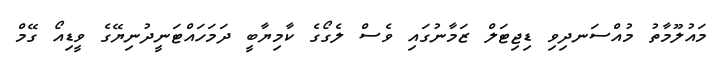
މައުލޫމާތު މުއްސަނދިވި ޑިޖިޓަލް ޒަމާނުގައި ވެސް ލެގޯގެ ކާމިޔާބީ ދަމަހައްޓަނީދުނިޔޭގެ ވީޑިއޯ ގޭމް